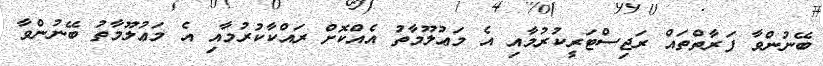
ބޭނުންވާ ފަރާތްތައް ރަޖިސްޓަރީކުރުމާއި އެ މަޢުލޫމާތު އެއްކޮށް ރައްކާކުރުމާއި އެ މަޢުލޫމާތު ބޭނުންވާ